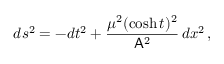
d s ^ { 2 } = - d t ^ { 2 } + \frac { \mu ^ { 2 } ( \cosh { t } ) ^ { 2 } } { \mathsf { A } ^ { 2 } } \, d x ^ { 2 } \, ,